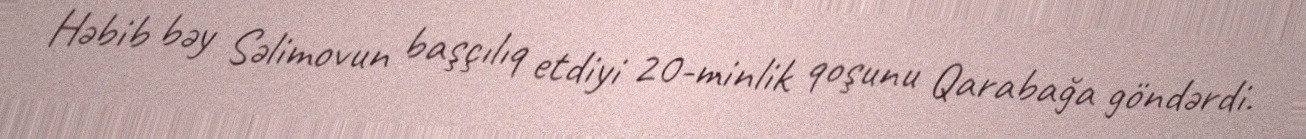
Həbib bəy Səlimovun başçılıq etdiyi 20-minlik qoşunu Qarabağa göndərdi.